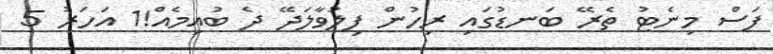
ފަސް މިނެޓު ތެރޭ ބަނޑުގައި ރިހުން ފިލުވާލަދޭ ދެ ބުއިމެއް!1 އަހަރު 5